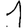
Digit: 1